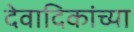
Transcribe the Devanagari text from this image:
देवादिकांच्या